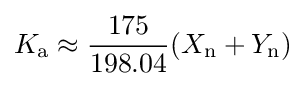
K_{\mathrm {a} }\approx {\frac {175}{198.04}}(X_{\mathrm {n} }+Y_{\mathrm {n} })